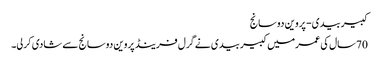
کبیربیدی- پروین دوسانج
70سال کی عمرمیں کبیربیدی نے گرل فرینڈ پروین دوسانج سے شادی کرلی۔